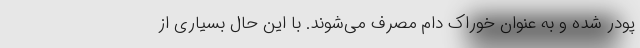
پودر شده و به عنوان خوراک دام مصرف می‌شوند. با این حال بسیاری از